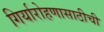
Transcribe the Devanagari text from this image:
गिर्यारोहणासाठीची